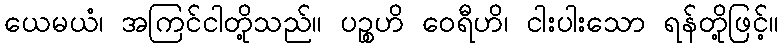
ယေမယံ၊ အကြင်ငါတို့သည်။ ပဉ္စဟိ ဝေရီဟိ၊ ငါးပါးသော ရန်တို့ဖြင့်။